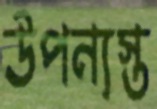
উপন্যস্ত